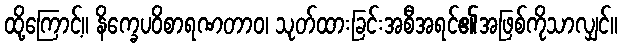
ထို့ကြောင့်။ နိက္ခေပဝိစာရဏတာဝ၊ သုတ်ထားခြင်းအစီအရင်၏အဖြစ်ကိုသာလျှင်။